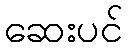
ဆေးပင်